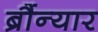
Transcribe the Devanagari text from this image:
ब्रौंन्यार